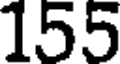
155